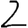
Digit: 2